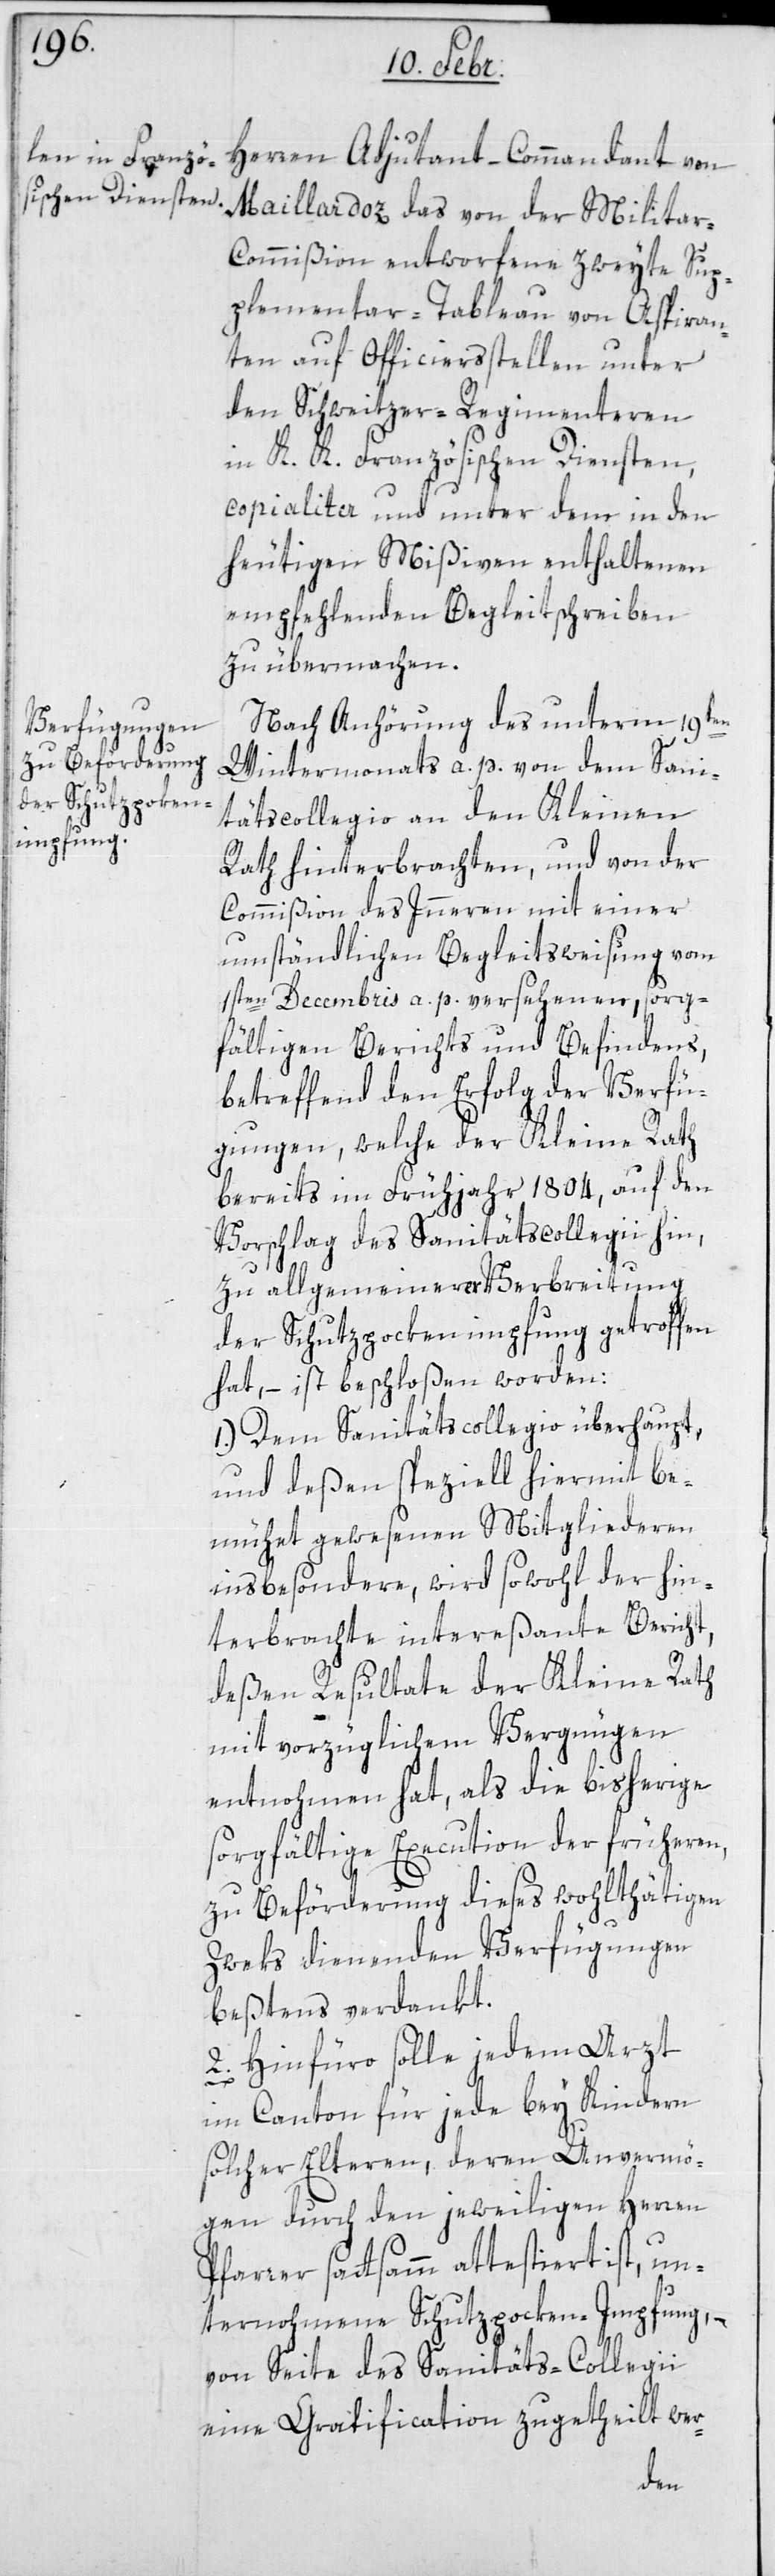
Herren Adjudant-Commandant von
Maillardoz das von der Militar-C¬
ommißion entworfene zweyte Sup¬
plementar-Tableau von Aspiran¬
ten auf Officierßtellen unter
den Schweitzer-Regimenteren
in K. K. Französischen Diensten,
copialiter und unter dem in den
heutigen Mißiven enthaltenen
empfehlenden Begleitschreiben
zu übermachen.
Nach Anhörung des unterm 19ten
Wintermonats a. p. von dem Sani¬
tätscollegio an den Kleinen
Rath hinterbrachten, und von der
Commißion des Innern mit einer
umständlichen Begleitsweisung vom
1sten Decembris a. p. versehenen, sorg¬
fältigen Berichts und Befindens,
betreffend den Erfolg der Verfü¬
gungen, welche der Kleine Rath
bereits im Frühjahr 1804. auf den
Vorschlag des Sanitätscollegii hin,
zu allgemeiner Verbreitung
der Schutzpockenimpfung getroffen
hat, – ist beschloßen worden:
1. Dem Sanitätscollegio überhaupt,
und deßen speciell hiermit be¬
mühet gewesenen Mitgliederen
insbesondere, wird sowohl der hin¬
terbrachte intereßante Bericht,
deßen Resultate der Kleine Rath¬
mit vorzüglichem Vergnügen
entnohmen hat, als die bisherige
sorgfältige Execution der früheren,
zu Beförderung dieses wohlthätigen
Zweks dienenden Verfügungen
bestens verdankt.
2. Hinfüro solle jedem Arzt
im Canton für jede bey Kindern
solcher Elteren, deren Unvermö¬
gen durch den jeweiligen Herren
Pfarrer sattsamm attestiert ist, un¬
ternohmene Schutzpockenimpfung, –
von Seite des Sanitäts-Collegii
eine Gratification zugetheilt wer-